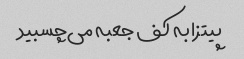
پیتزا به کف جعبه می‌چسبید